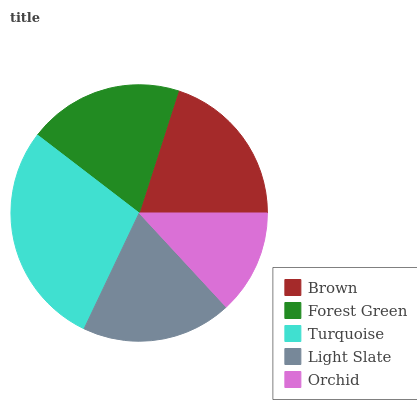
| Brown | Forest Green | Turquoise | Light Slate | Orchid |
 | --- | --- | --- | --- | --- |
 | 20.1% | 19.6% | 28.3% | 18.9% | 13.1% |